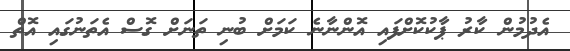
އެދުމުން ކާރު ޕާކުކޮށްފައި އޮންނާނެ ކަމަށް ބުނި ތަނަށް ގޮސް އެތަނުގައި އޮތް